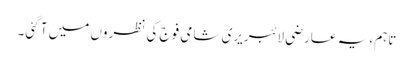
تاہم، یہ عارضی لائبریری شامی فوج کی نظروں میں آ گئی۔